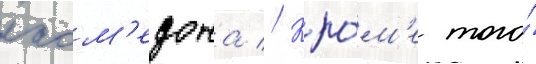
лаом'едона // Кро́м'е того́